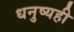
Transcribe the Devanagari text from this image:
धनुष्यही